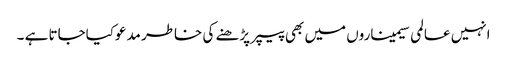
انہیں عالمی سیمیناروں میں بھی پیپر پڑھنے کی خاطر مدعوکیاجاتا ہے ۔